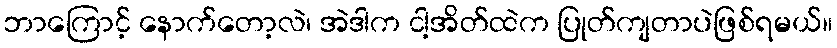
ဘာကြောင့် နောက်တော့လဲ၊ အဲဒါက ငါ့အိတ်ထဲက ပြုတ်ကျတာပဲဖြစ်ရမယ်။